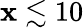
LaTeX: \mathbf{x}\lesssim10